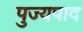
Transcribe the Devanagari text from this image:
पुज्यपाद